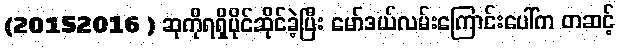
(20152016 ) ဆုကိုရရှိပိုင်ဆိုင်ခဲ့ပြီး မော်ဒယ်လမ်းကြောင်းပေါ်က တဆင့်